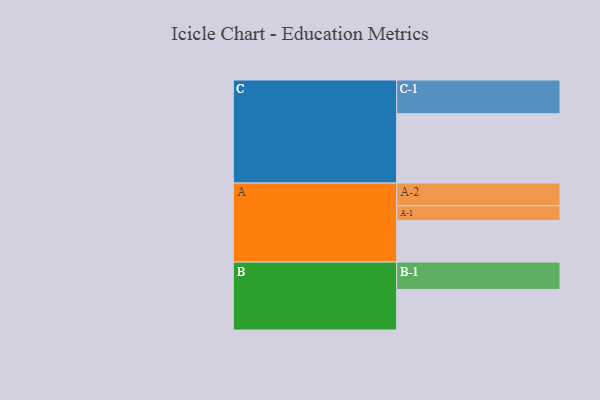
{"axis": {"x": "Segment", "y": "Value"}, "legend": ["", "A", "B", "C"], "data": [{"x": "A", "y": 354, "type": ""}, {"x": "B", "y": 346, "type": ""}, {"x": "C", "y": 591, "type": ""}, {"x": "A-1", "y": 126, "type": "A"}, {"x": "A-2", "y": 194, "type": "A"}, {"x": "B-1", "y": 233, "type": "B"}, {"x": "C-1", "y": 288, "type": "C"}]}